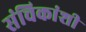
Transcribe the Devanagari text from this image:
संचिकांशी